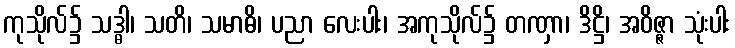
ကုသိုလ်၌ သဒ္ဓါ၊ သတိ၊ သမာဓိ၊ ပညာ လေးပါး၊ အကုသိုလ်၌ တဏှာ၊ ဒိဋ္ဌိ၊ အဝိဇ္ဇာ သုံးပါး